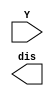
module bcd7seg(
	input [3:0]Y,
	output reg [6:0]dis
	);

	always@(Y) begin
		case(Y)
		0: disp = 7'b0000001;
		1: disp = 7'b1001111;
		2: disp = 7'b0010010;
		3: disp = 7'b0000110;
		4: disp = 7'b1001100;
		5: disp = 7'b0100100;
		6: disp = 7'b0100000;
		7: disp = 7'b0001111;
		8: disp = 7'b0000000;
		9: disp = 7'b0000100;
		default: disp = 7'b1111111;
		endcase
	end
endmodule